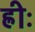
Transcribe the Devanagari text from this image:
ह्रीः